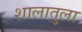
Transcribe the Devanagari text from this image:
शालातुला